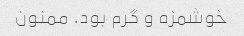
خوشمزه و گرم بود. ممنون